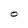
Character: O